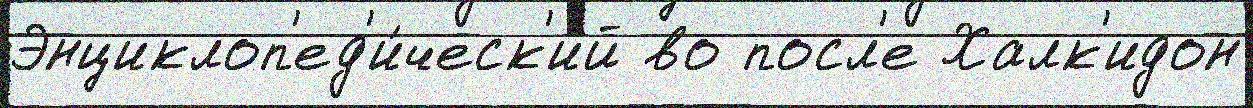
Энциклоп'ед'и́ческ'ий во посл'е Халк'идон